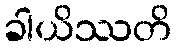
ခါယိဿတိ